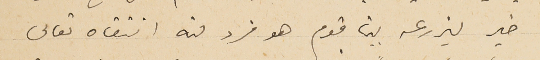
خير ليزرعه بين قوم هو فرد منه انتقاه تعالى